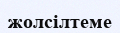
жолсілтеме